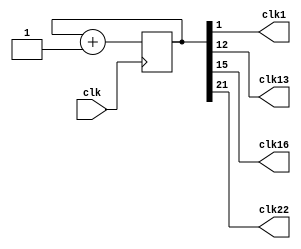
module clock_divider(clk1, clk13, clk16, clk22, clk);
input clk;
output clk1;
output clk13;
output clk16;
output clk22;

reg [21:0] num;
wire [21:0] next_num;

always @(posedge clk) begin
  num <= next_num;
end

assign next_num = num + 1'b1;
assign clk1 = num[1];
assign clk13 = num[12];
assign clk16 = num[15];
assign clk22 = num[21];
endmodule